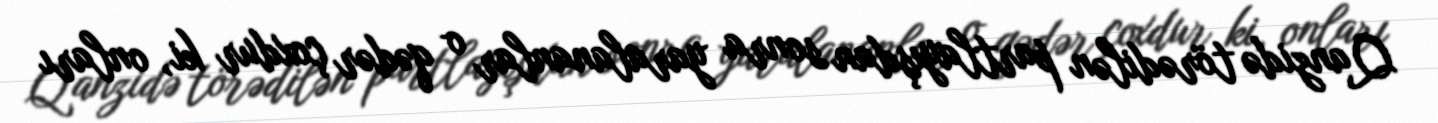
Qanzidə törədilən partlayışdan sonra yaralananlar o qədər çoxdur ki, onları